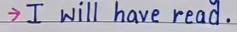
-> I will have read .